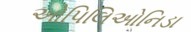
ઓપિલિઓનિડા